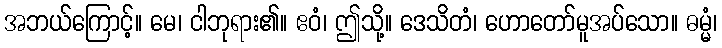
အဘယ်ကြောင့်။ မေ၊ ငါဘုရား၏။ ဧဝံ၊ ဤသို့။ ဒေသိတံ၊ ဟောတော်မူအပ်သော။ ဓမ္မံ၊